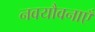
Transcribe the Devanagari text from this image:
नवयौवनाएँ